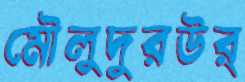
মৌলুদুরউর্